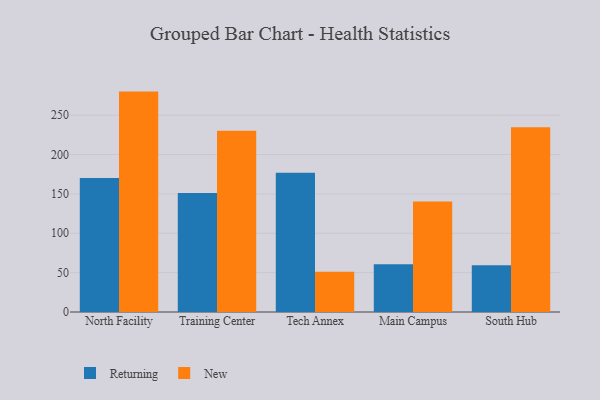
{"axis": {"x": "Campus", "y": "Waste Production (Tons)"}, "legend": ["New", "Returning"], "data": [{"x": "North Facility", "y": 170.2, "type": "Returning"}, {"x": "North Facility", "y": 280.0, "type": "New"}, {"x": "Training Center", "y": 151.1, "type": "Returning"}, {"x": "Training Center", "y": 230.3, "type": "New"}, {"x": "Tech Annex", "y": 177.0, "type": "Returning"}, {"x": "Tech Annex", "y": 51.1, "type": "New"}, {"x": "Main Campus", "y": 60.7, "type": "Returning"}, {"x": "Main Campus", "y": 140.4, "type": "New"}, {"x": "South Hub", "y": 59.3, "type": "Returning"}, {"x": "South Hub", "y": 234.7, "type": "New"}]}